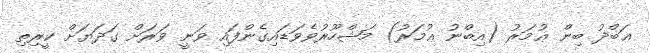
ޢަބްދު ބިން ޢުމަރު (އިބްނު ޢުމަރު) މަޝްހޫރުވެވަޑައިގެންފައި ވަނީ ވަރަށް ގަދަޔަށް ކީރިތި